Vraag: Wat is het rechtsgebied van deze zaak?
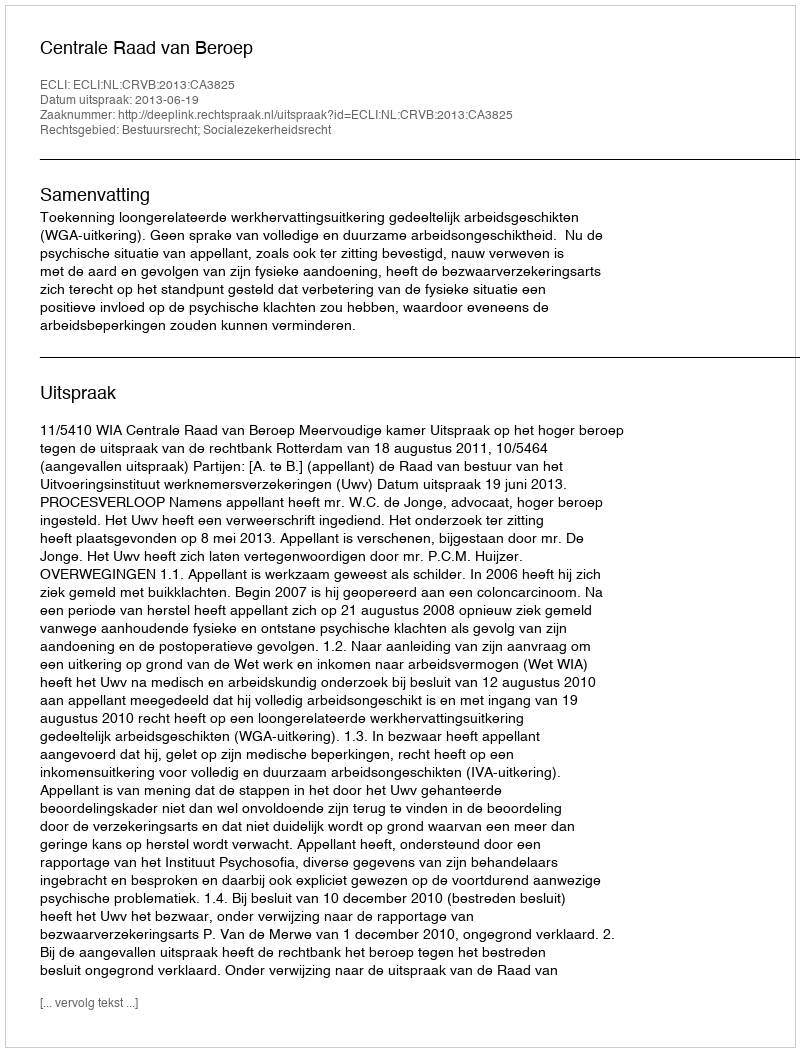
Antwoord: Bestuursrecht; Socialezekerheidsrecht